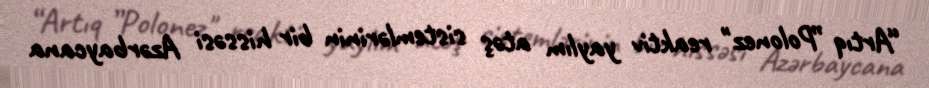
“Artıq ”Polonez" reaktiv yaylım atəş sistemlərinin bir hissəsi Azərbaycana